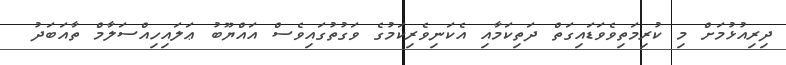
ދިރިއުޅުމަށް މި ކުރިމަތިވެވަޑައިގަތް ދަތިކަމާއި އެކަނިވެރިކަމުގެ ވަގުތުގައިވެސް އައްޔޫބު ޢަލައިހިއްސަލާމް ތާއަބަދު